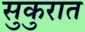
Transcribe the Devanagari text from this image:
सुकुरात